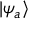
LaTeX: | \psi _ { a } \rangle